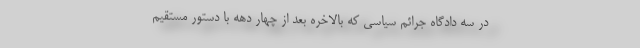
در سه دادگاه جرائم سیاسی که بالاخره بعد از چهار دهه با دستور مستقیم